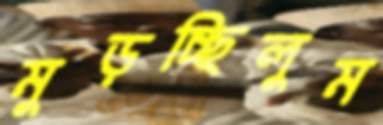
মুড়চ্ছিলুম